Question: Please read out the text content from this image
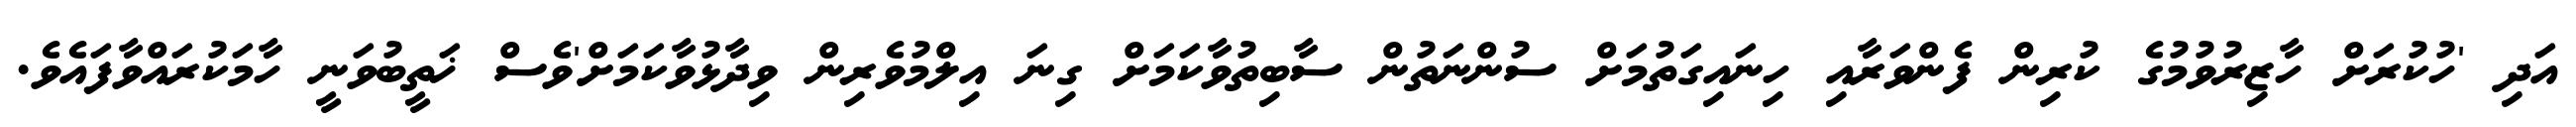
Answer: އަދި 'ހުކުރަށް ހާޒިރުވުމުގެ ކުރިން ފެންވަރާއި ހިނައިގަތުމަށް ސުންނަތުން ސާބިތުވާކަމަށް ގިނަ އިލްމުވެރިން ވިދާޅުވާކަމަށް'ވެސް ޚަތީބުވަނީ ހާމަކުރައްވާފައެވެ.